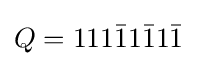
Q=111{\bar {1}}1{\bar {1}}1{\bar {1}}